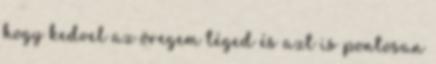
hogy kedvel az öregem téged és azt is pontosan